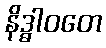
နိဒ္ဓါဝတေ